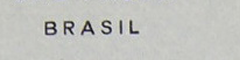
BRASIL